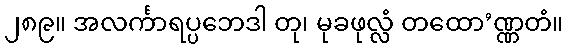
၂၈၉။ အလင်္ကာရပ္ပဘေဒါ တု၊ မုခဖုလ္လံ တထော’ဏ္ဏတံ။